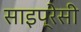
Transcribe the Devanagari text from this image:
साइप्रेसी